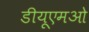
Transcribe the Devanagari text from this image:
डीयूएमओ